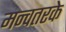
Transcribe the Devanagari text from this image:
मन्वतरके